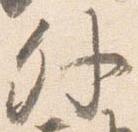
外